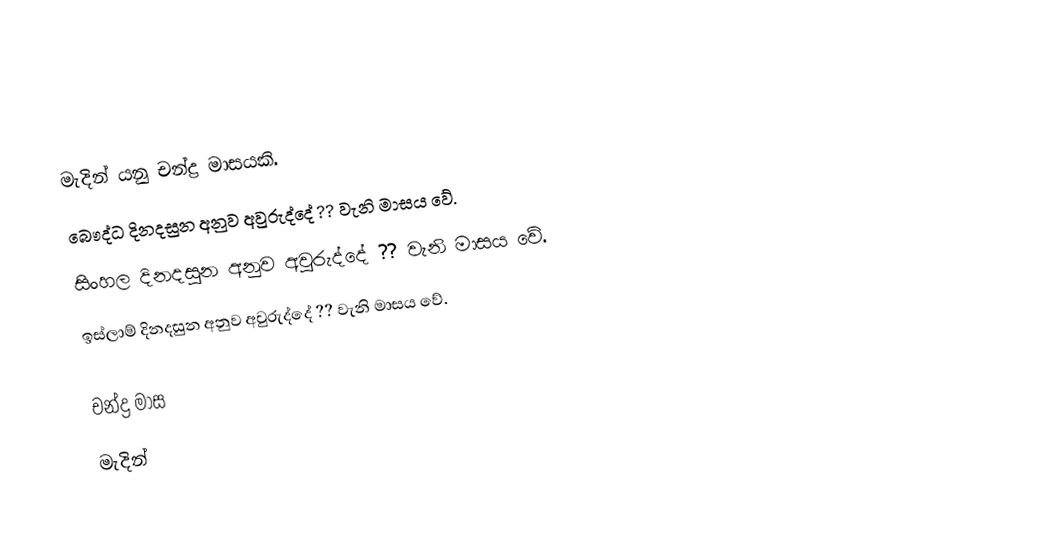
මැදින් යනු චන්ද්‍ර මාසයකි.
 බෞද්ධ දිනදසුන අනුව අවුරුද්දේ ?? වැනි මාසය වේ.
 සිංහල දිනදසුන අනුව අවුරුද්දේ ?? වැනි මාසය වේ.
 ඉස්ලාම් දිනදසුන අනුව අවුරුද්දේ ?? වැනි මාසය වේ.

චන්ද්‍ර මාස
මැදින්